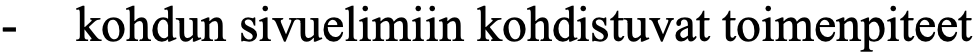
-  kohdun sivuelimiin kohdistuvat toimenpiteet